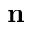
\mathbf { n }